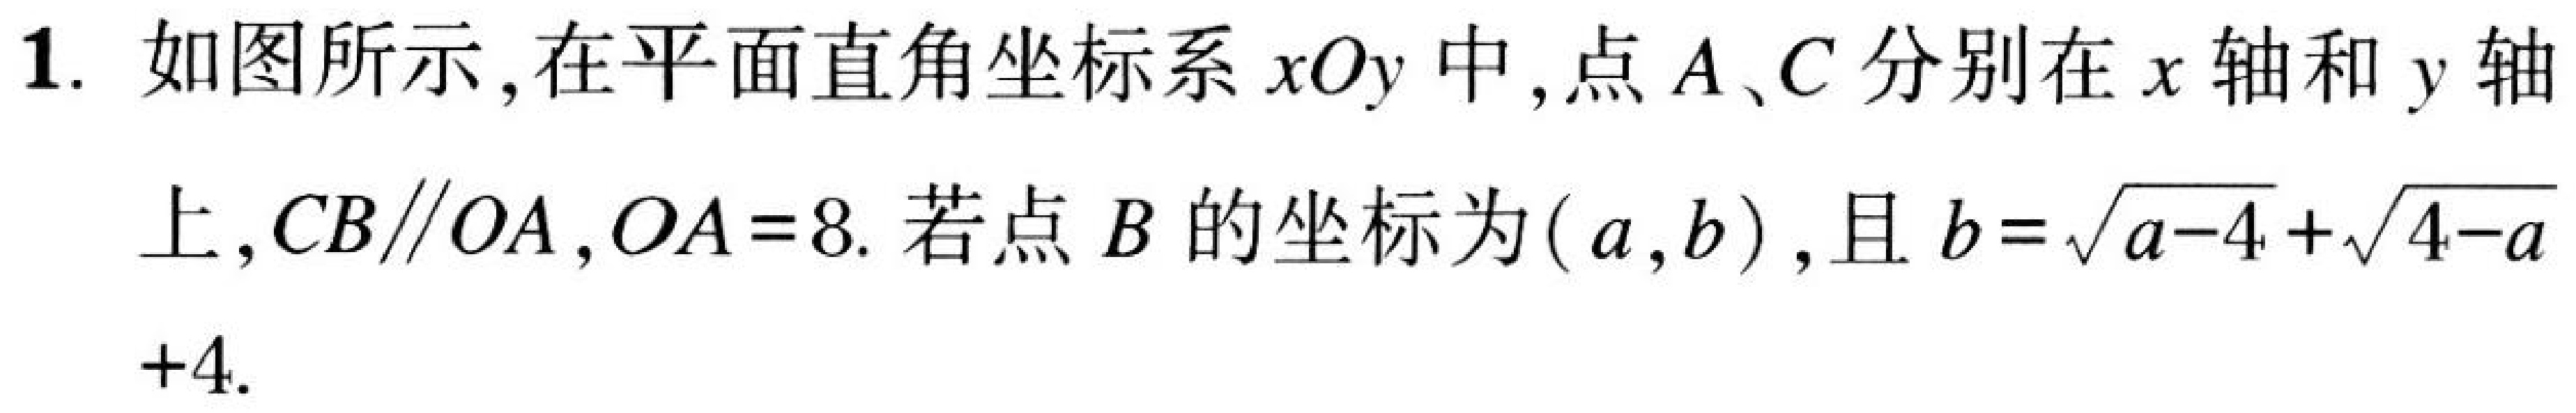
1. 如图所示, 在平面直角坐标系\(xOy\)中, 点\(A\)、\(C\)分别在\(x\)轴和\(y\)轴上, \(CB\parallel OA\), \(OA = 8\). 若点\(B\)的坐标为\((a,b)\), 且\(b = \sqrt{a - 4}+\sqrt{4 - a}+4\).